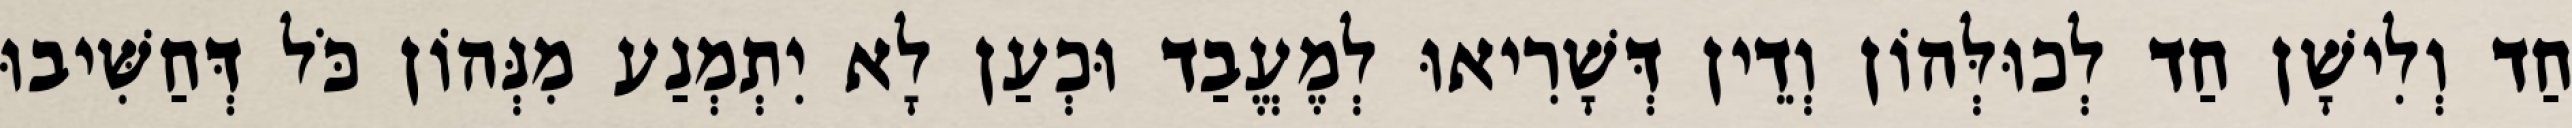
חַד וְלִישָׁן חַד לְכוּלְּהוֹן וְדֵין דְּשָׁרִיאוּ לְמֶעֱבַד וּכְעַן לָא יִתְמְנַע מִנְּהוֹן כֹּל דְּחַשִּׁיבוּ